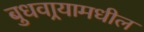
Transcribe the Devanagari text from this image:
बुधवार्‍यामधील